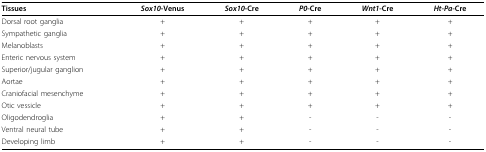
| Tissues | Sox10-Venus | Sox10-Cre | P0-Cre | Wnt1-Cre | Ht-Pa-Cre |
 | --- | --- | --- | --- | --- | --- |
 | Dorsal root ganglia | + | + | + | + | + |
 | Sympathetic ganglia | + | + | + | + | + |
 | Melanoblasts | + | + | + | + | + |
 | Enteric nervous system | + | + | + | + | + |
 | Superior/jugular ganglion | + | + | + | + | + |
 | Aortae | + | + | + | + | + |
 | Craniofacial mesenchyme | + | + | + | + | + |
 | Otic vessicle | + | + | + | + | + |
 | Oligodendroglia | + | + | - | - | - |
 | Ventral neural tube | + | + | - | - | - |
 | Developing limb | + | + | - | - | - |